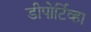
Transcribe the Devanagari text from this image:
डीपोर्टिव्हा